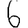
Digit: 6